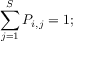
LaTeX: \sum _ { j = 1 } ^ { S } P _ { i , j } = 1 ;